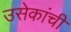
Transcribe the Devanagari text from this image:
उसेकांची